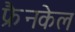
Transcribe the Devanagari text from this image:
फ्रैनकेल